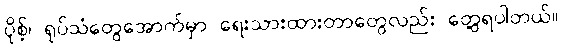
ပိုစ့်၊ ရုပ်သံတွေအောက်မှာ ရေးသားထားတာတွေလည်း တွေ့ရပါတယ်။